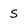
Character: s